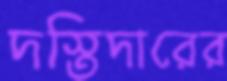
দস্তিদারের